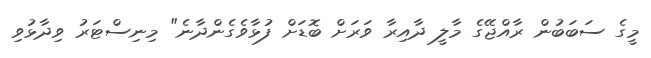
މީގެ ސަބަބުން ރާއްޖޭގެ މާލީ ދާއިރާ ވަރަށް ބޮޑަށް ފުޅާވެގެންދާނެ" މިނިސްޓަރު ވިދާޅުވި